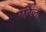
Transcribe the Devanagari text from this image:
एरेल